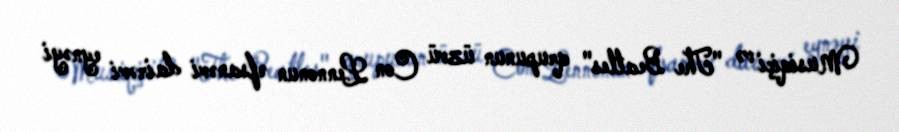
Musiqiçi və "The Beatles" qrupunun üzvü Con Lennonun əfsanəvi dairəvi eynəyi